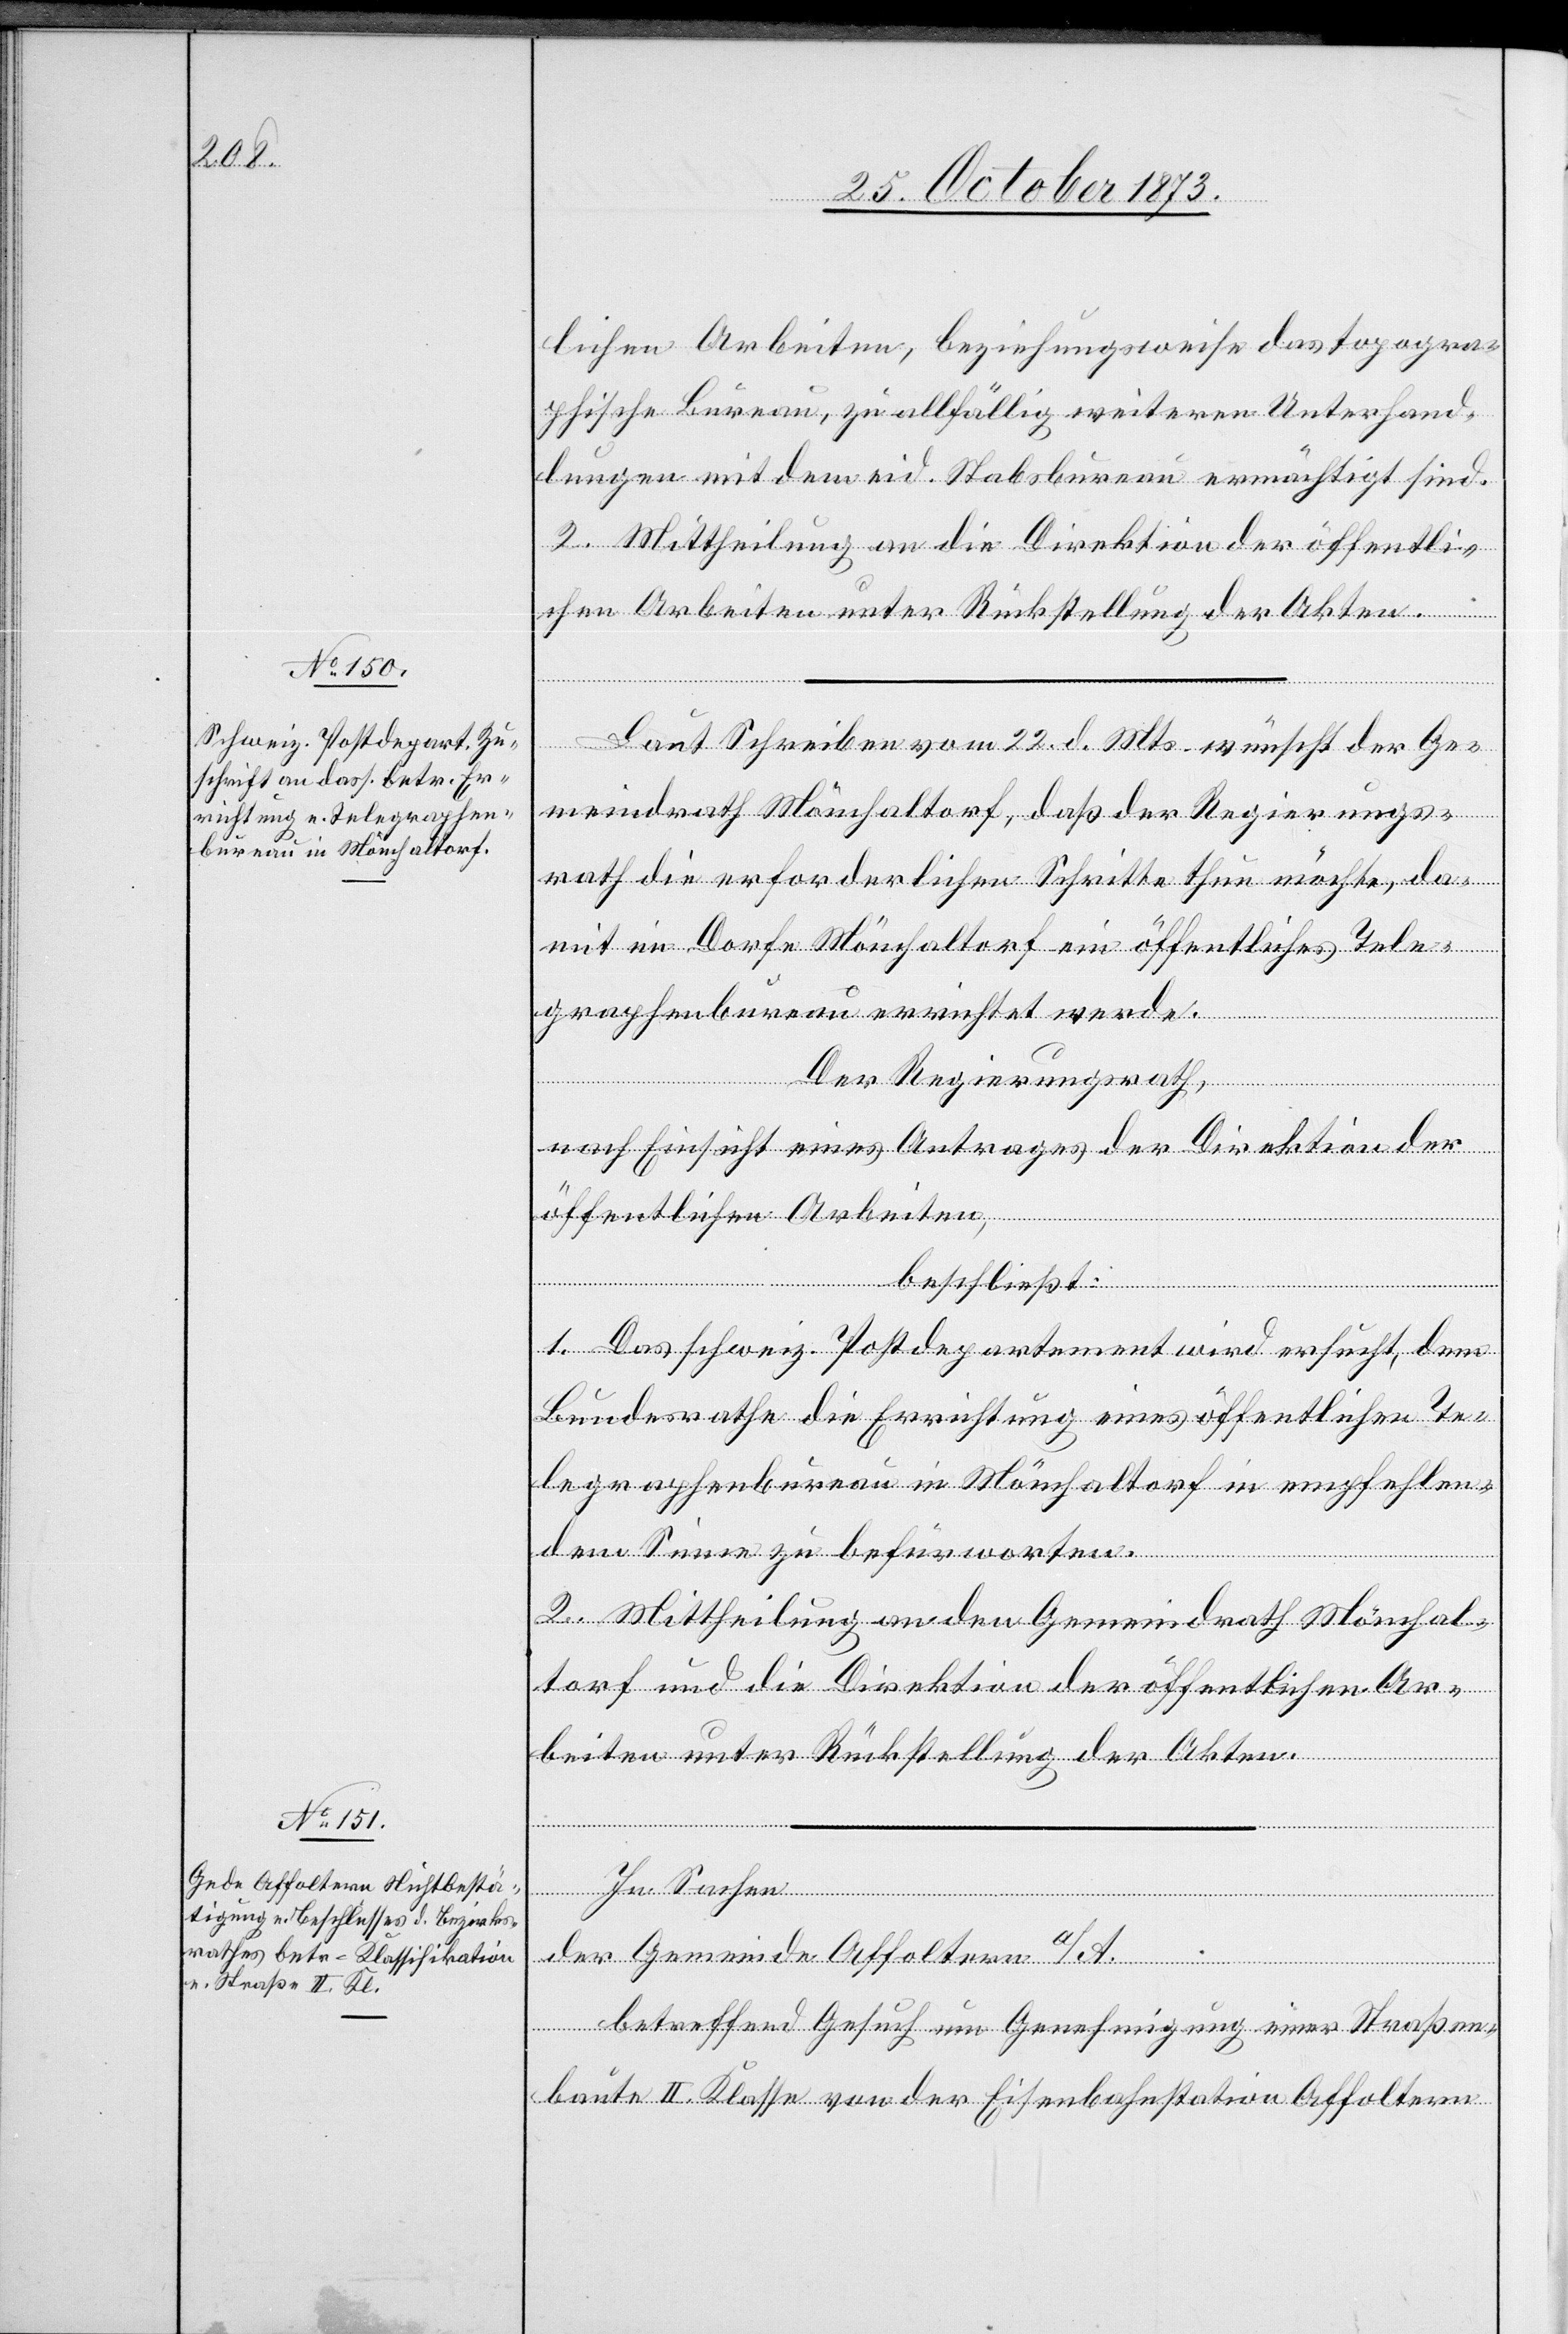
lichen Arbeiten, beziehungsweise das topogra¬
phische Bureau, zu allfällig weiteren Unterhand¬
lungen mit dem eid. Stabsbureau ermächtigt sind.
2. Mittheilung an die Direktion der öffentli¬
chen Arbeiten unter Rückstellung der Akten.
Laut Schreiben vom 22. d. Mts. wünscht der Ge¬
meindrath Mönchaltorf, daß der Regierungs¬
rath die erforderlichen Schritte thun möchte, da¬
mit im Dorfe Mönchaltorf ein öffentliches Tele¬
graphenbureau errichtet werde.
Der Regierungsrath,
nach Einsicht eines Antrages der Direktion der
öffentlichen Arbeiten,
1. Das schweiz. Postdepartement wird ersucht, dem
Bundesrathe die Errichtung eines öffentlichen Te¬
legraphenbureau in Mönchaltorf in empfehlen¬
dem Sinne zu befürworten.
2. Mittheilung an den Gemeindrath Mönchal¬
torf und die Direktion der öffentlichen Ar¬
beiten unter Rückstellung der Akten.
In Sachen
der Gemeinde Affoltern a/A.
betreffend Gesuch um Genehmigung einer Straßen¬
baute II. Klasse von der Eisenbahnstation Affoltern